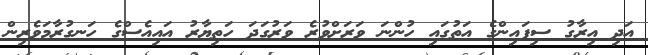
އަދި އިރާގު ސިފައިންގެ އަތުގައި ހުންނަ ވަރަށްވުރެ ވަރުގަދަ ހަތިޔާރު އައިއެސްގެ ހަނގުރާމަވެރިން